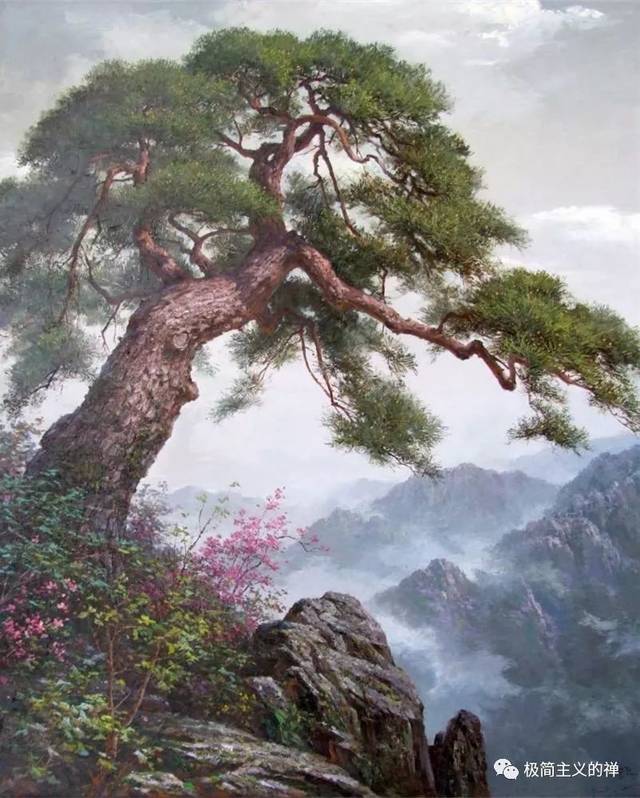
大雪压青松，青松挺且直。